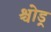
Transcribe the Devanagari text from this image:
श्चोड्र